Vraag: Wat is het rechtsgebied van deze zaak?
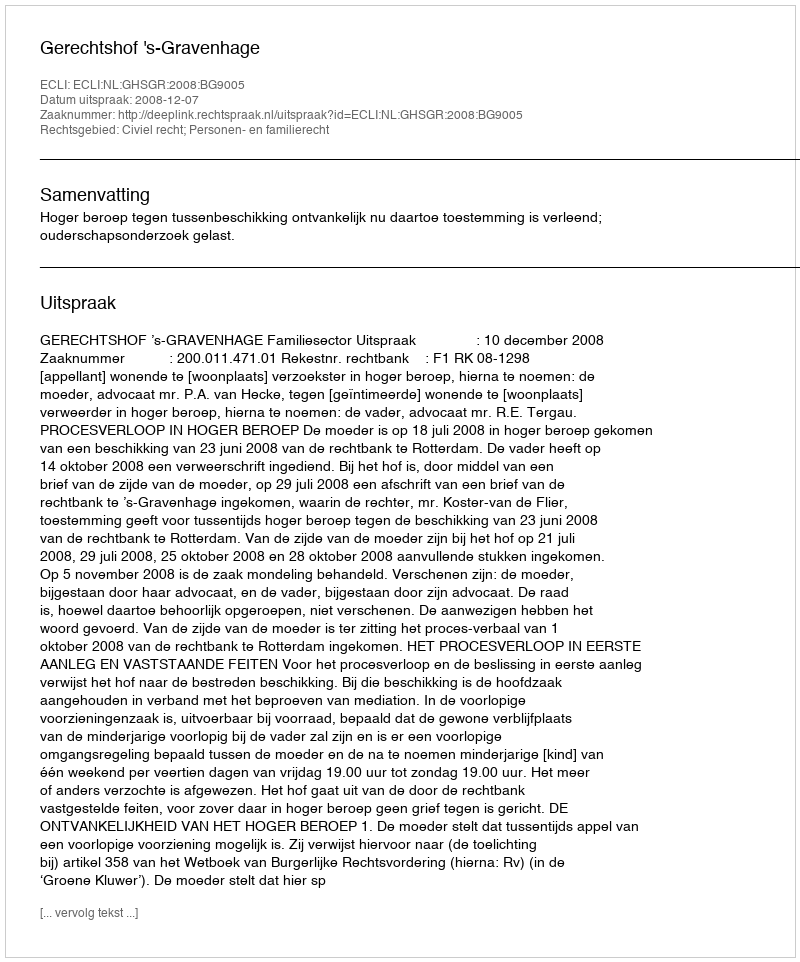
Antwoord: Civiel recht; Personen- en familierecht